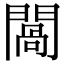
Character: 𨵧